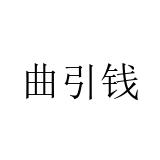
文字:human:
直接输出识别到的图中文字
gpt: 曲引钱